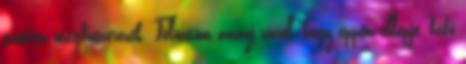
szintén megfűszerezek. Felöntöm annyi vízzel, hogy éppen ellepje, fedő